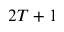
2 T + 1